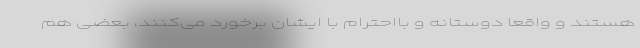
هستند و واقعاً دوستانه و بااحترام با ایشان برخورد می‌کنند، بعضی هم